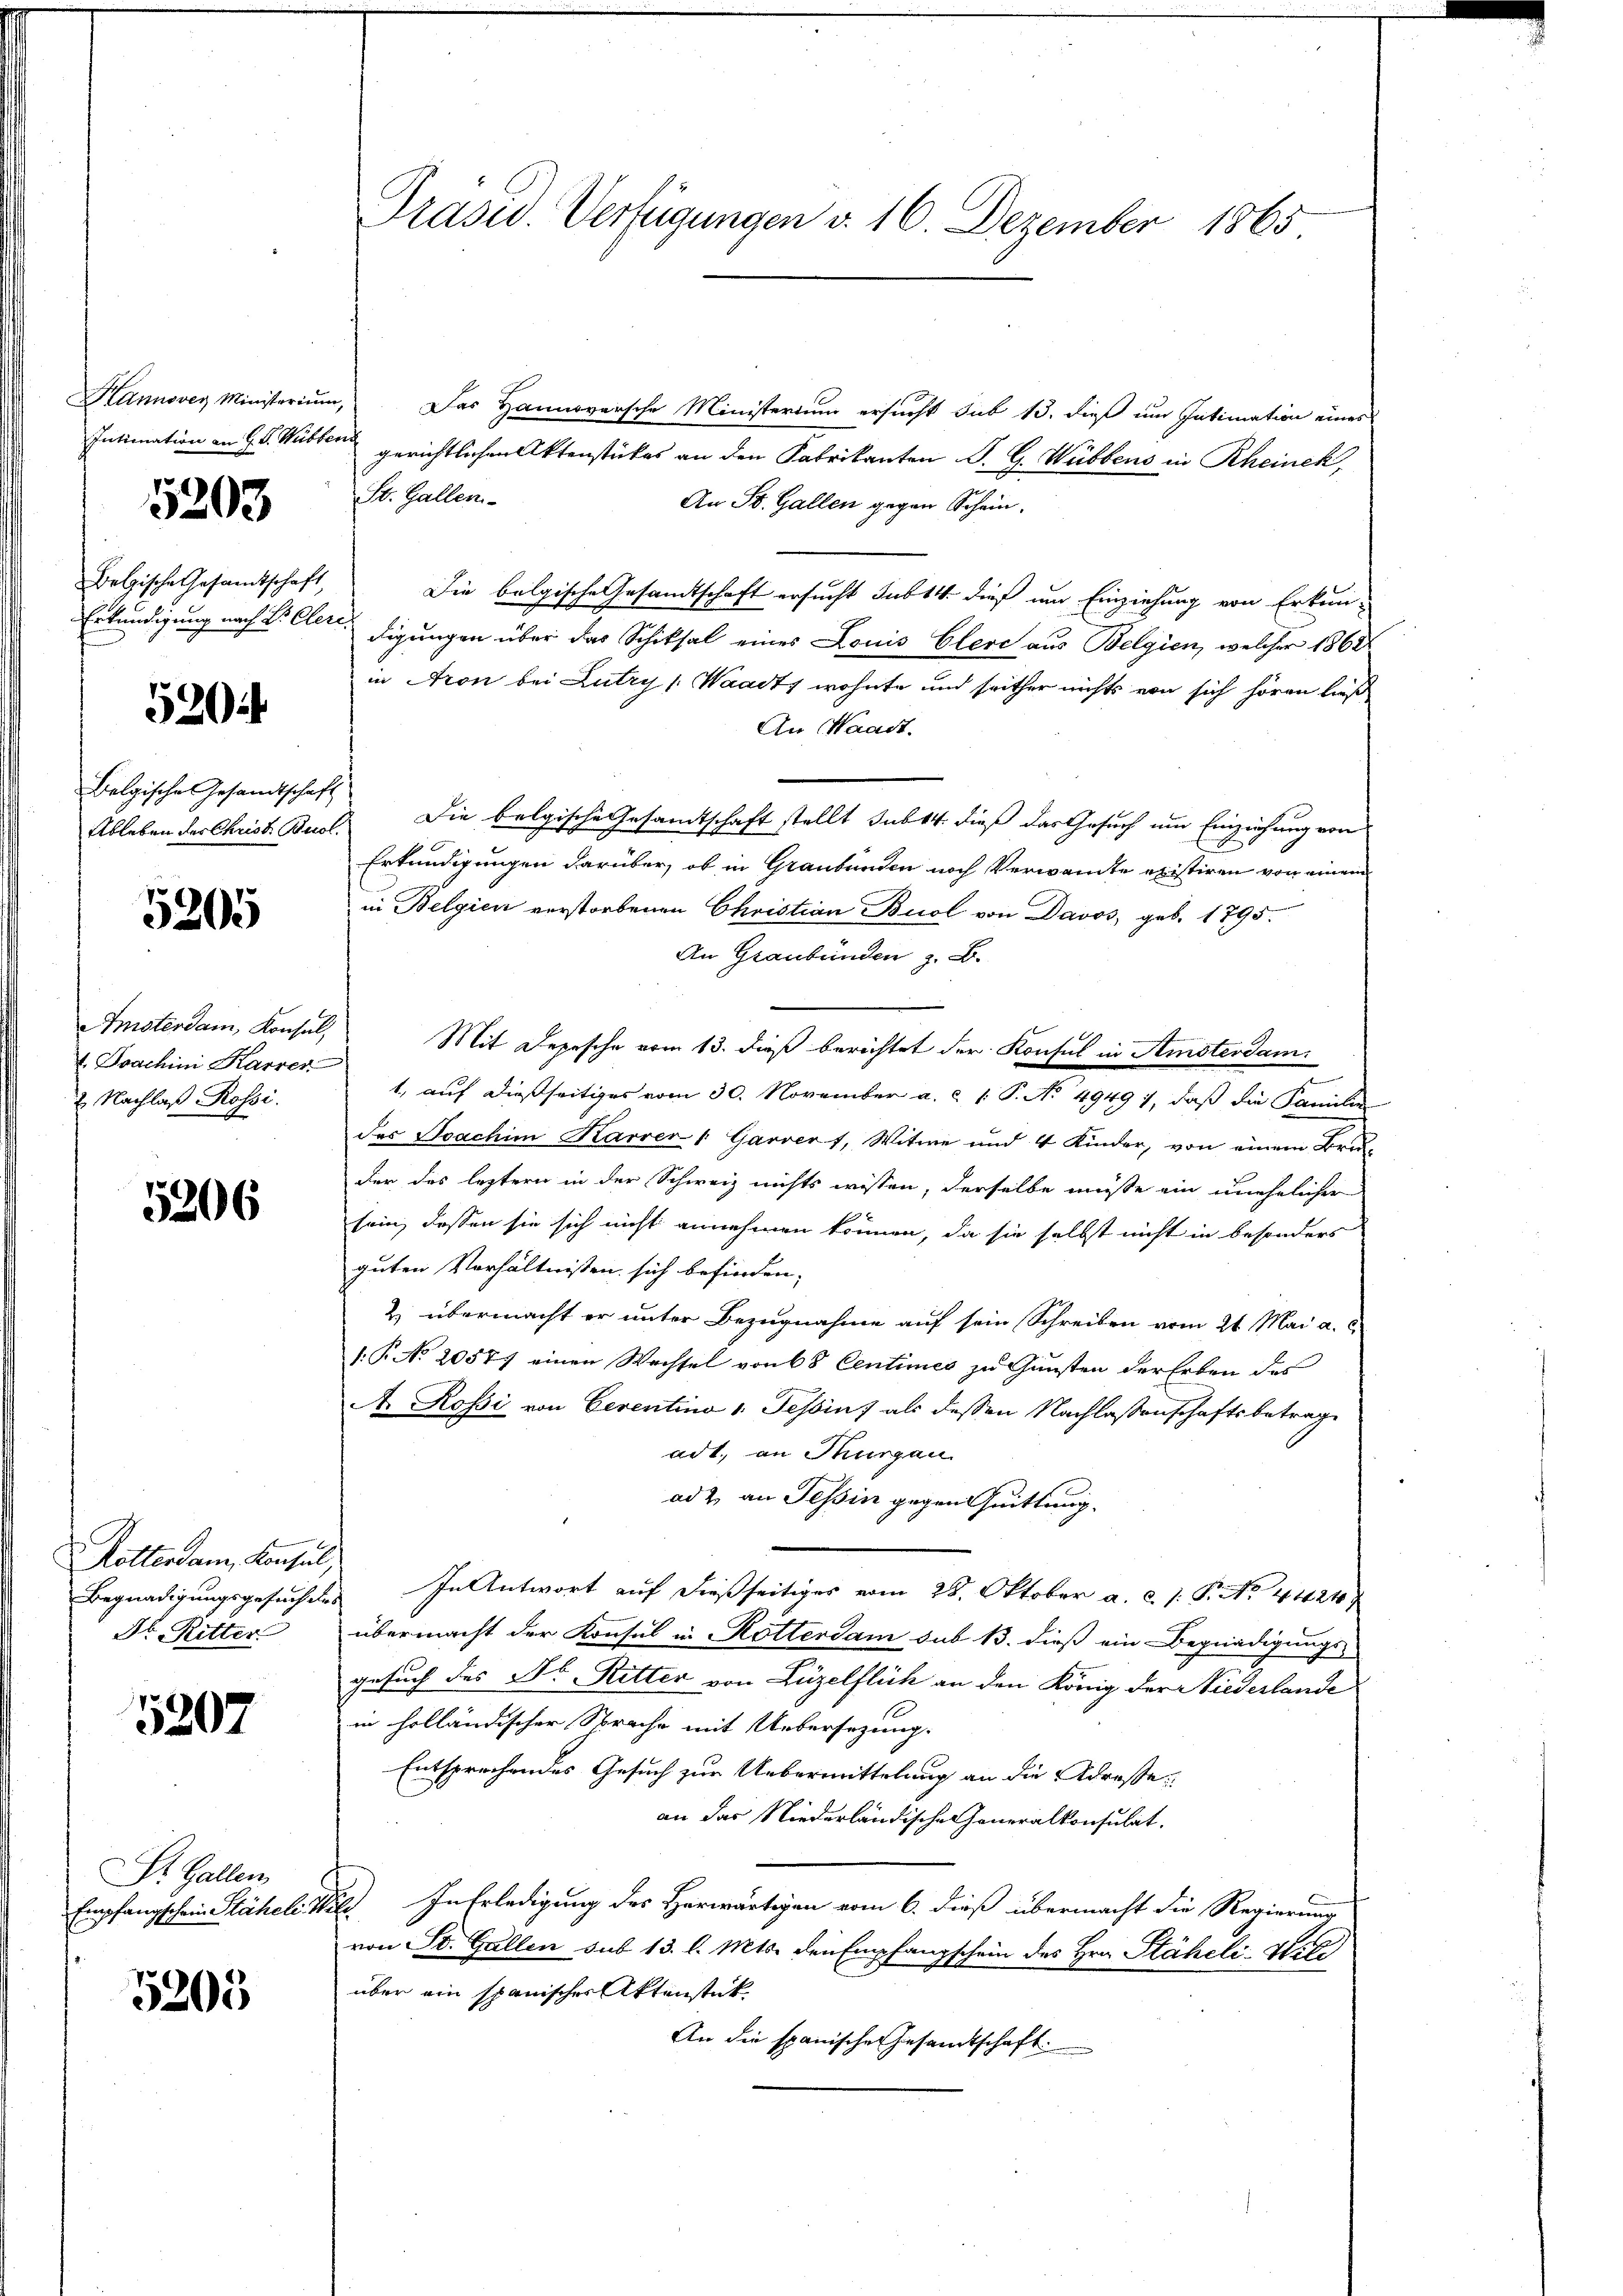
Intimation an H. v. Hubbena

5203

520.

Belgische Gesandtschaft

5205

Amsterdam, Konsul,
 Doachini Karrer
2. Nachlaß Rossi.

5206

Rotterdam, Konsul,
Begnadigungsgesuch de
Dr. Ritter

5207

St. Gallen
Empfangschein Stäheli d

5205

Präsid. Verfügungen v. 16. Dezember 1865

Kannover Ministerium, das Hannoversche Ministerium ersŭcht sub 13. dieβ ŭm Intimation eines
gerichtlichen Aktenstückes an den Fabrikanten S. G. Webbens in Rheinek,
St. Gallen.
An St. Gallen gegen Schein.
Belgische Gesamtschaft, die belgische Gesandtschaft ersucht sub 14. dieß um Einziehung von Erkun-
Erkundigung nach Dr. Cler; digungen über das Schiksal eines Louis Elere aus Belgien, welcher 1868
in Aron bei Lutry (Waadt, wohnte und seither nichts von sich hören ließ
An Waadt.
Ableben der Christ Buol. Die belgische Gesamtschaft stellt sub 14. dieß das Gesuch um Einziehung von
Erkundigungen darüber, ob in Graubünden noch Verwandte existiren von einem
in Belgien verstorbenen Christian Buol von Davos, geb. 1795.
An Graubünden z. B.
Mit Depesche vom 13. dieß berichtet der Konsul in Amsterdam.
1, auf dießseitiges vom 30. November a. c. 1 P. No 49491, daß die Familie
des Joachim Karrer /: Garvers, Witwe und 4 Kinder, von einem Bru-
der das leztern in der Schweiz nichts wissen, derselbe müsse ein unehelicher
sein, dassen sie sich nicht annehmen können, da sie selbst nicht in besonders
guten Verhältnissen sich befinden,
& übermacht er unter Bezugnahme auf sein Schreiben vom 21. Mai a.c.
/. P. No 20577 einen Wechsel von 68 Centimes zu Gunsten der Erben des
A. Rossi von Cerentino 1. Tessin, als dessen Nachlassenschaftsbetrag
adt., an Thurgau
ad 2. an Tessin gegen Quittung.
In Antwort auf dießseitiges vom 28. Oktober a. c. 1. Fr. No. 4424,
übermacht der Konsul in Rotterdam sub B. dieß ein Begnadigungs-
gesuch des Dr. Ritter von Lüzelflich an den König der Niederlande
in holländischer Sprache mit Uebersezung.
Entsprechendes Gesuch zur Uebermittelung an die Adresse
an das Niederländische eneralkonsulat,
Die. In Erledigung des Herwärtigen vom 6. dieß übermacht die Regierung
von St. Gallen sub 13. l. Mts. den Empfangschein des Hrn. Stäheli-Wit
über ein spanischer Aktenstück
An die spanischer Gesandtschaft.